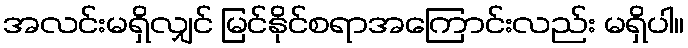
အလင်းမရှိလျှင် မြင်နိုင်စရာအကြောင်းလည်း မရှိပါ။